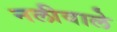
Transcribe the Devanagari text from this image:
नलीवाले